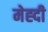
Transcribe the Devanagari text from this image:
मेह्दी